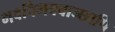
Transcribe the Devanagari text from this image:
भवविभववाञ्छापि